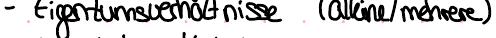
- Eigentumsverhältnisse (alleine / mehrere)